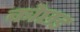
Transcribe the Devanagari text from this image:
कोछड